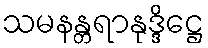
သမနန္တရာနုဒ္ဒိဋ္ဌေ